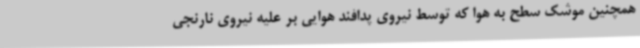
همچنین موشک سطح به هوا که توسط نیروی پدافند هوایی بر علیه نیروی نارنجی